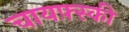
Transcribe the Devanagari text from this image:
चायफ़्स्की